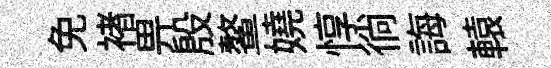
免褚畀殷鳌嬈惇徜誨轅